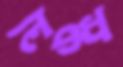
লস্ক